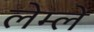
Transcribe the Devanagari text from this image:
लेम्ले